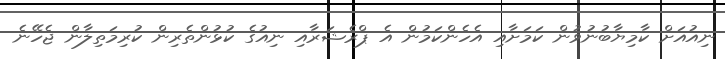
ނިއުއަށް ކާމިޔާބުނުވުން ކަމަށާއި އެހެންކަމުން އެ ޕްރެޝަރާއި ނިއުގެ ކުޅުންތެރިން ކުރިމަތިލާން ޖެހޭނެ